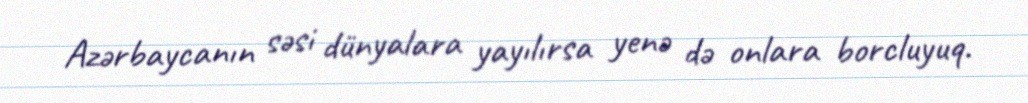
Azərbaycanın səsi dünyalara yayılırsa yenə də onlara borcluyuq.